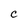
Character: C